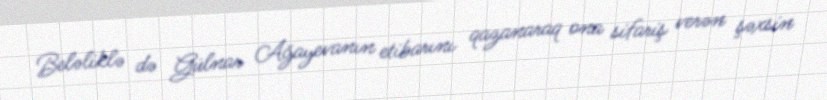
Beləliklə də Gülnar Ağayevanın etibarını qazanaraq ona sifariş verən şəxsin